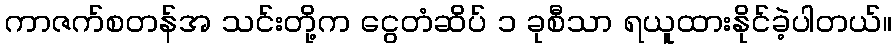
ကာဇက်စတန်အ သင်းတို့က ငွေတံဆိပ် ၁ ခုစီသာ ရယူထားနိုင်ခဲ့ပါတယ်။